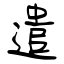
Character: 遣